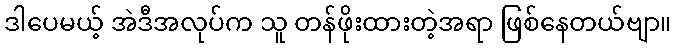
ဒါပေမယ့် အဲဒီအလုပ်က သူ တန်ဖိုးထားတဲ့အရာ ဖြစ်နေတယ်ဗျာ။